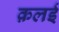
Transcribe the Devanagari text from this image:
क़लई